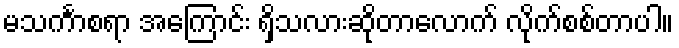
မသင်္ကာစရာ အကြောင်း ရှိသလားဆိုတာလောက် လိုက်စစ်တာပါ။